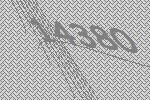
14380